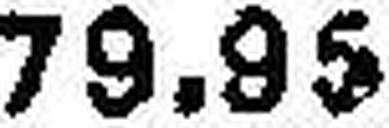
79.95